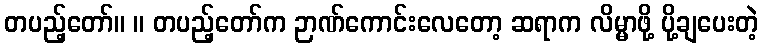
တပည့်တော်။ ။ တပည့်တော်က ဉာဏ်ကောင်းလေတော့ ဆရာက လိမ္မာဖို့ ပို့ချပေးတဲ့